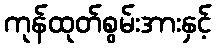
ကုန်ထုတ်စွမ်းအားနှင့်